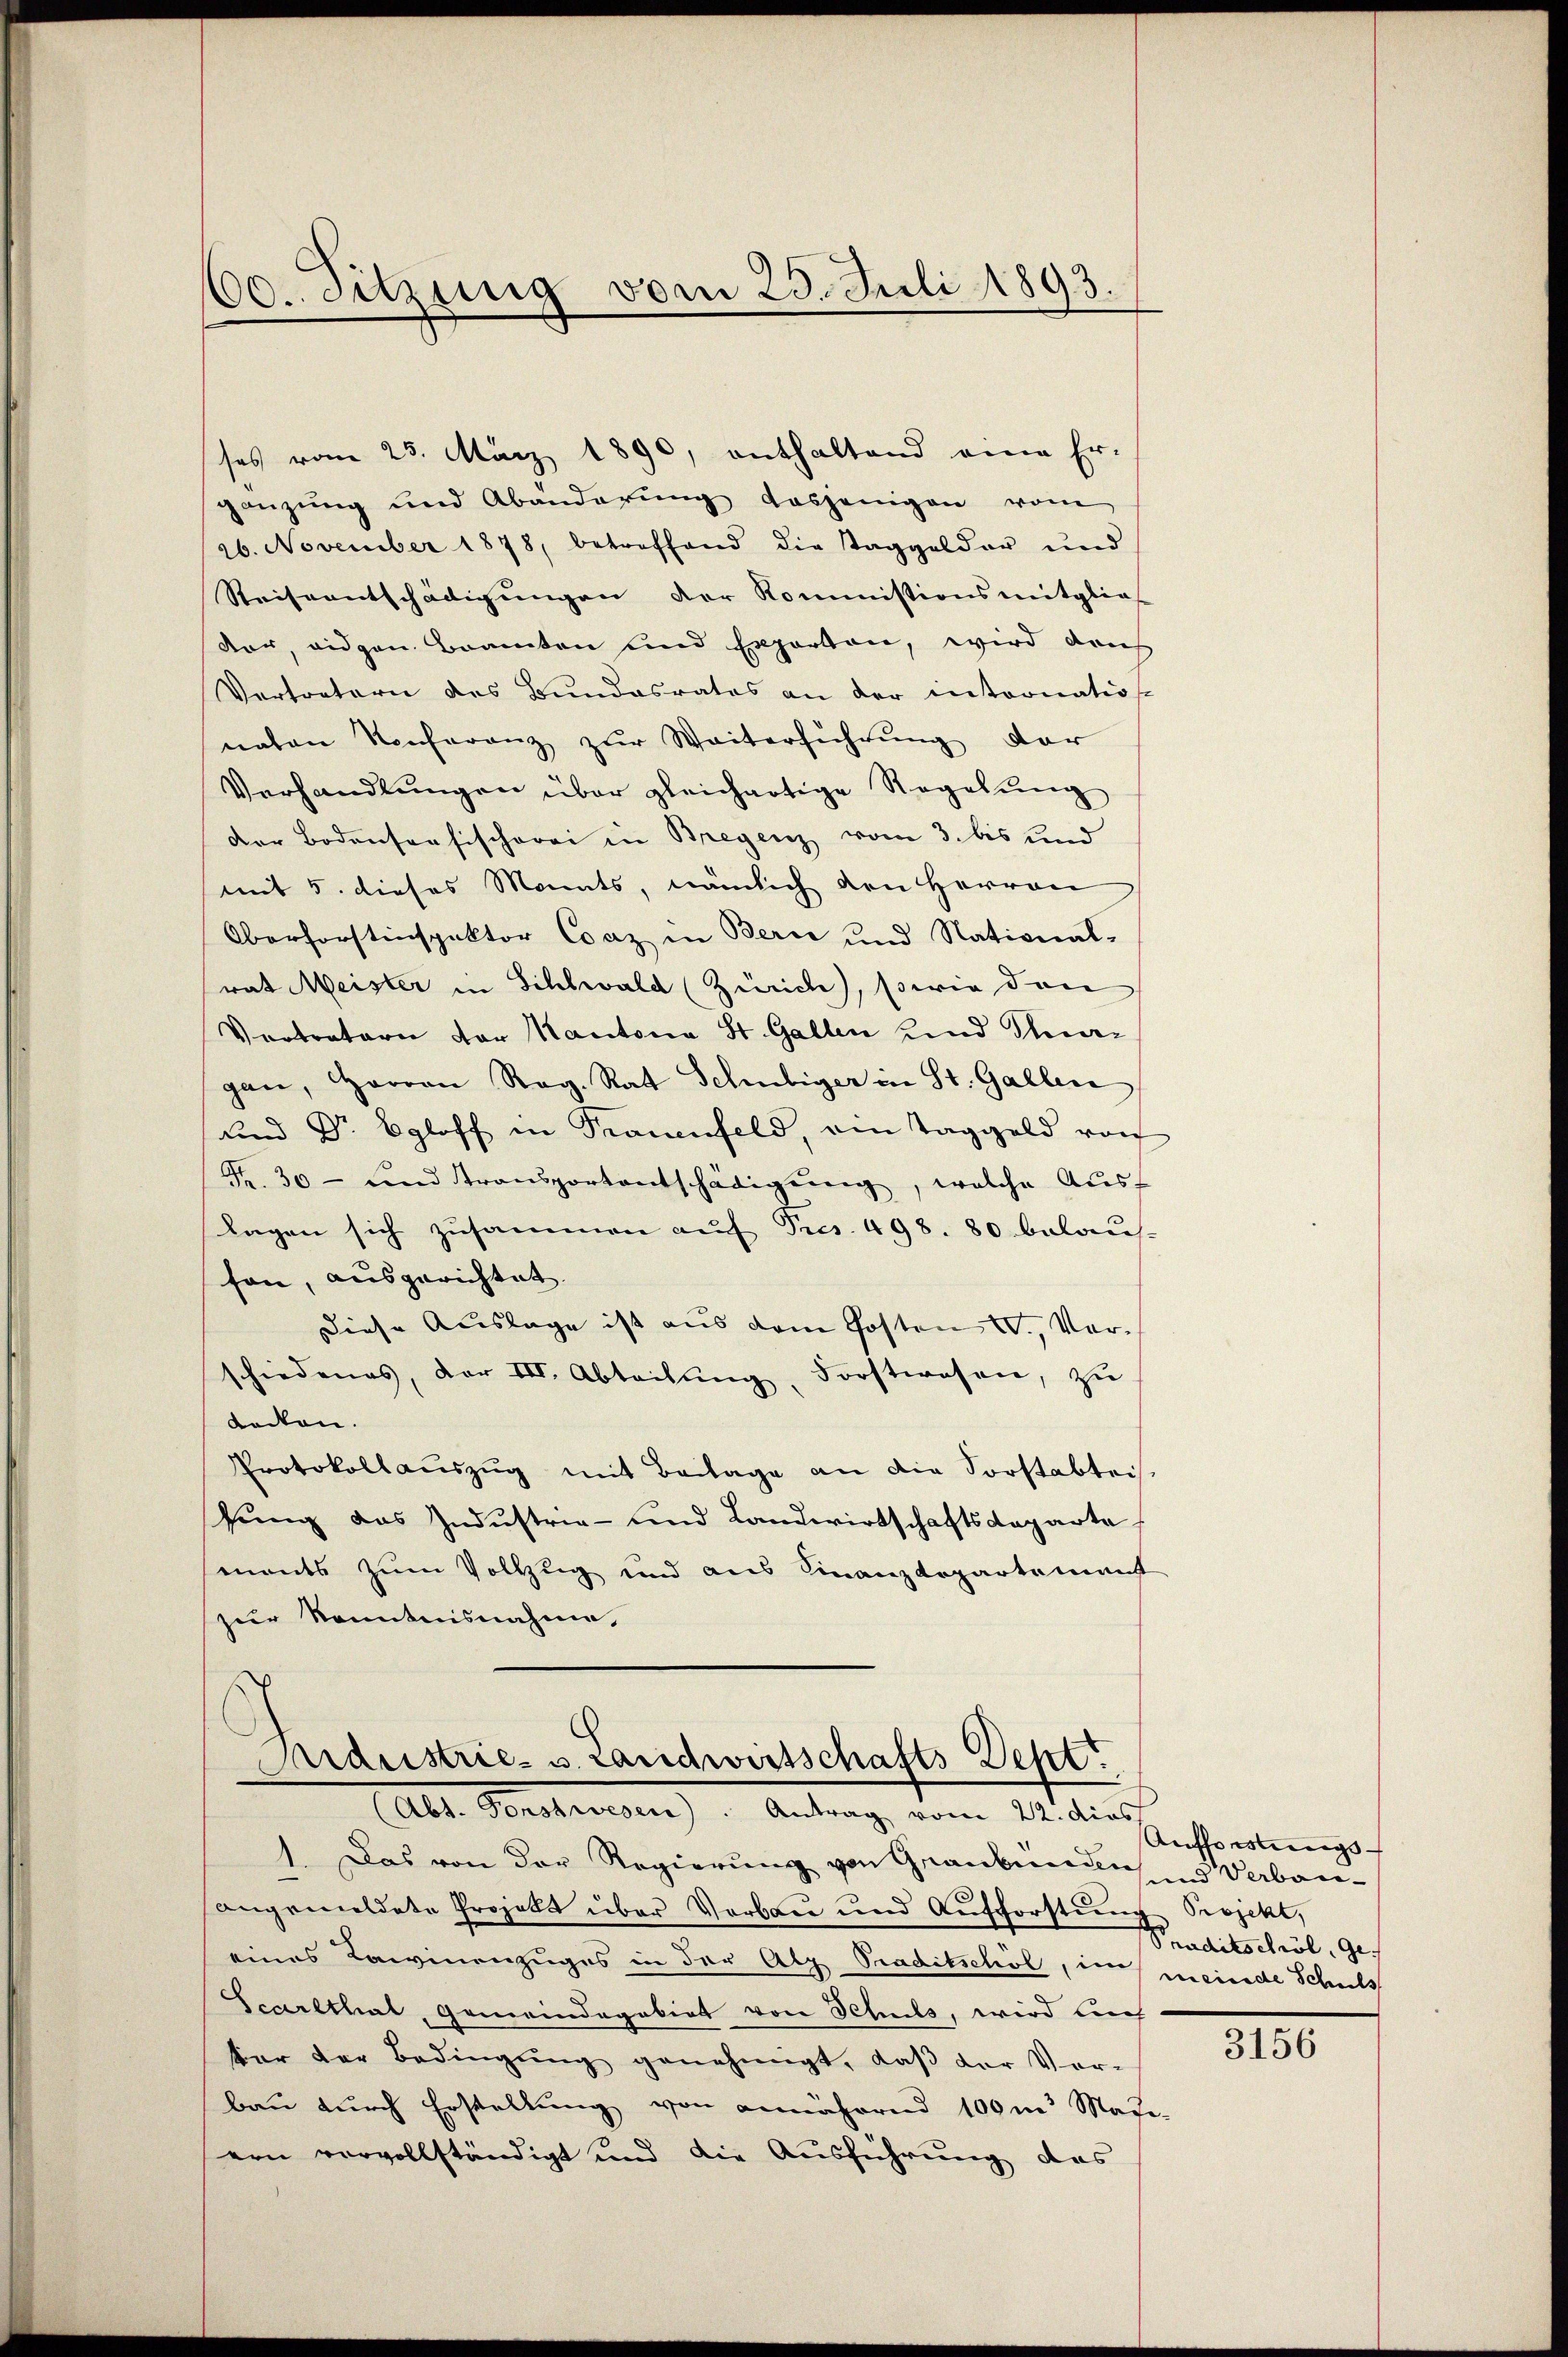
60. Sitzung vom 25. Juli 1893.

ses vom 23. März 1890, enthaltend eine Er-
gänzung und Abänderung dasjenigen vom
26. November 1878, betreffend die Taggelder und
Reiseentschädigungen der Kommissionsmitglie
dor, eidgen. Beamten und Experton, wird dah
Vertretern des Bundesrates an der intronation.
naten Konferenz zŭr Weiterführŭng dar
Verhandlungen über gleichartige Regelung
Der Bodenseesischerei in Bregenz vom 3. bis und
mit 5. dieses Monats, nämlich den Herren
Oberforstinspektor Coaz in Bern und National-
rat Meister in Schlwald (Zürich), sowie den
Vertratern der Kantona St. Gallen und Thei
gan, Herren Reg. Rat Schubiger in St. Gallen
und Dr. Egloff in Frauenfeld, ein Taggeld von
Fr. 30- und transportentschädigŭng, welche Aŭs-
lagen sich zusammen auf Dres. 498. 80 belaus-
fon, ausgerichtet.
Diese Auslage ist aus dem Posten IV., Vorschiedenes, der III. Abteilŭng, Forstwesen, zŭ
decken.
Protokollauszug mit Beilage an die Sorstabteis
fung das Industrie- und Landwirtschaftsdeparte
ments zum Vollzug und aus Finanzdepartement
zur Kenntnisnahme,

Aardustrie- u. Landwirtschafts Dept
(Abt. Tonstwesen). Antrag vom 22. dies

). Das von der Regierung von Graubünden und Verbauangemeldete Prozelt über Vorbau und Aufforstung Projekt,
eines Kaminenzuges in der Alp Praditschöl, im meinde Schuls
Scarlthat, Gemeindegebiet von Schuls, wird auch
ter der Bedingŭng genehmigt, daβ der Ver-
bau durch Erstellung von annähernd 100m Mate-
ern vervollständigt und die Ausführung das

Aufforstungs-
Snuditschwöl, Ge¬

3156